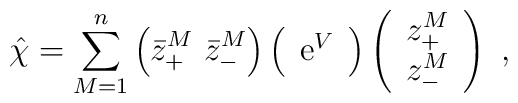
\hat \chi=\sum_{M=1}^n \left( \bar{z}_{+}^M \,\, \bar{z}_{-}^M \right) \Big( \begin{array}{cc} {\rm e}^V \end{array} \Big)\left( \begin{array}{c} z_{+}^M \\ z_{-}^M \end{array} \right)\ ,